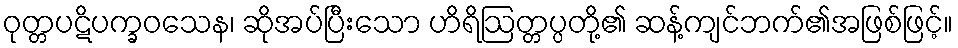
ဝုတ္တပဋိပက္ခဝသေန၊ ဆိုအပ်ပြီးသော ဟိရိဩတ္တပ္ပတို့၏ ဆန့်ကျင်ဘက်၏အဖြစ်ဖြင့်။